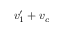
v _ { 1 } ^ { \prime } + v _ { c }